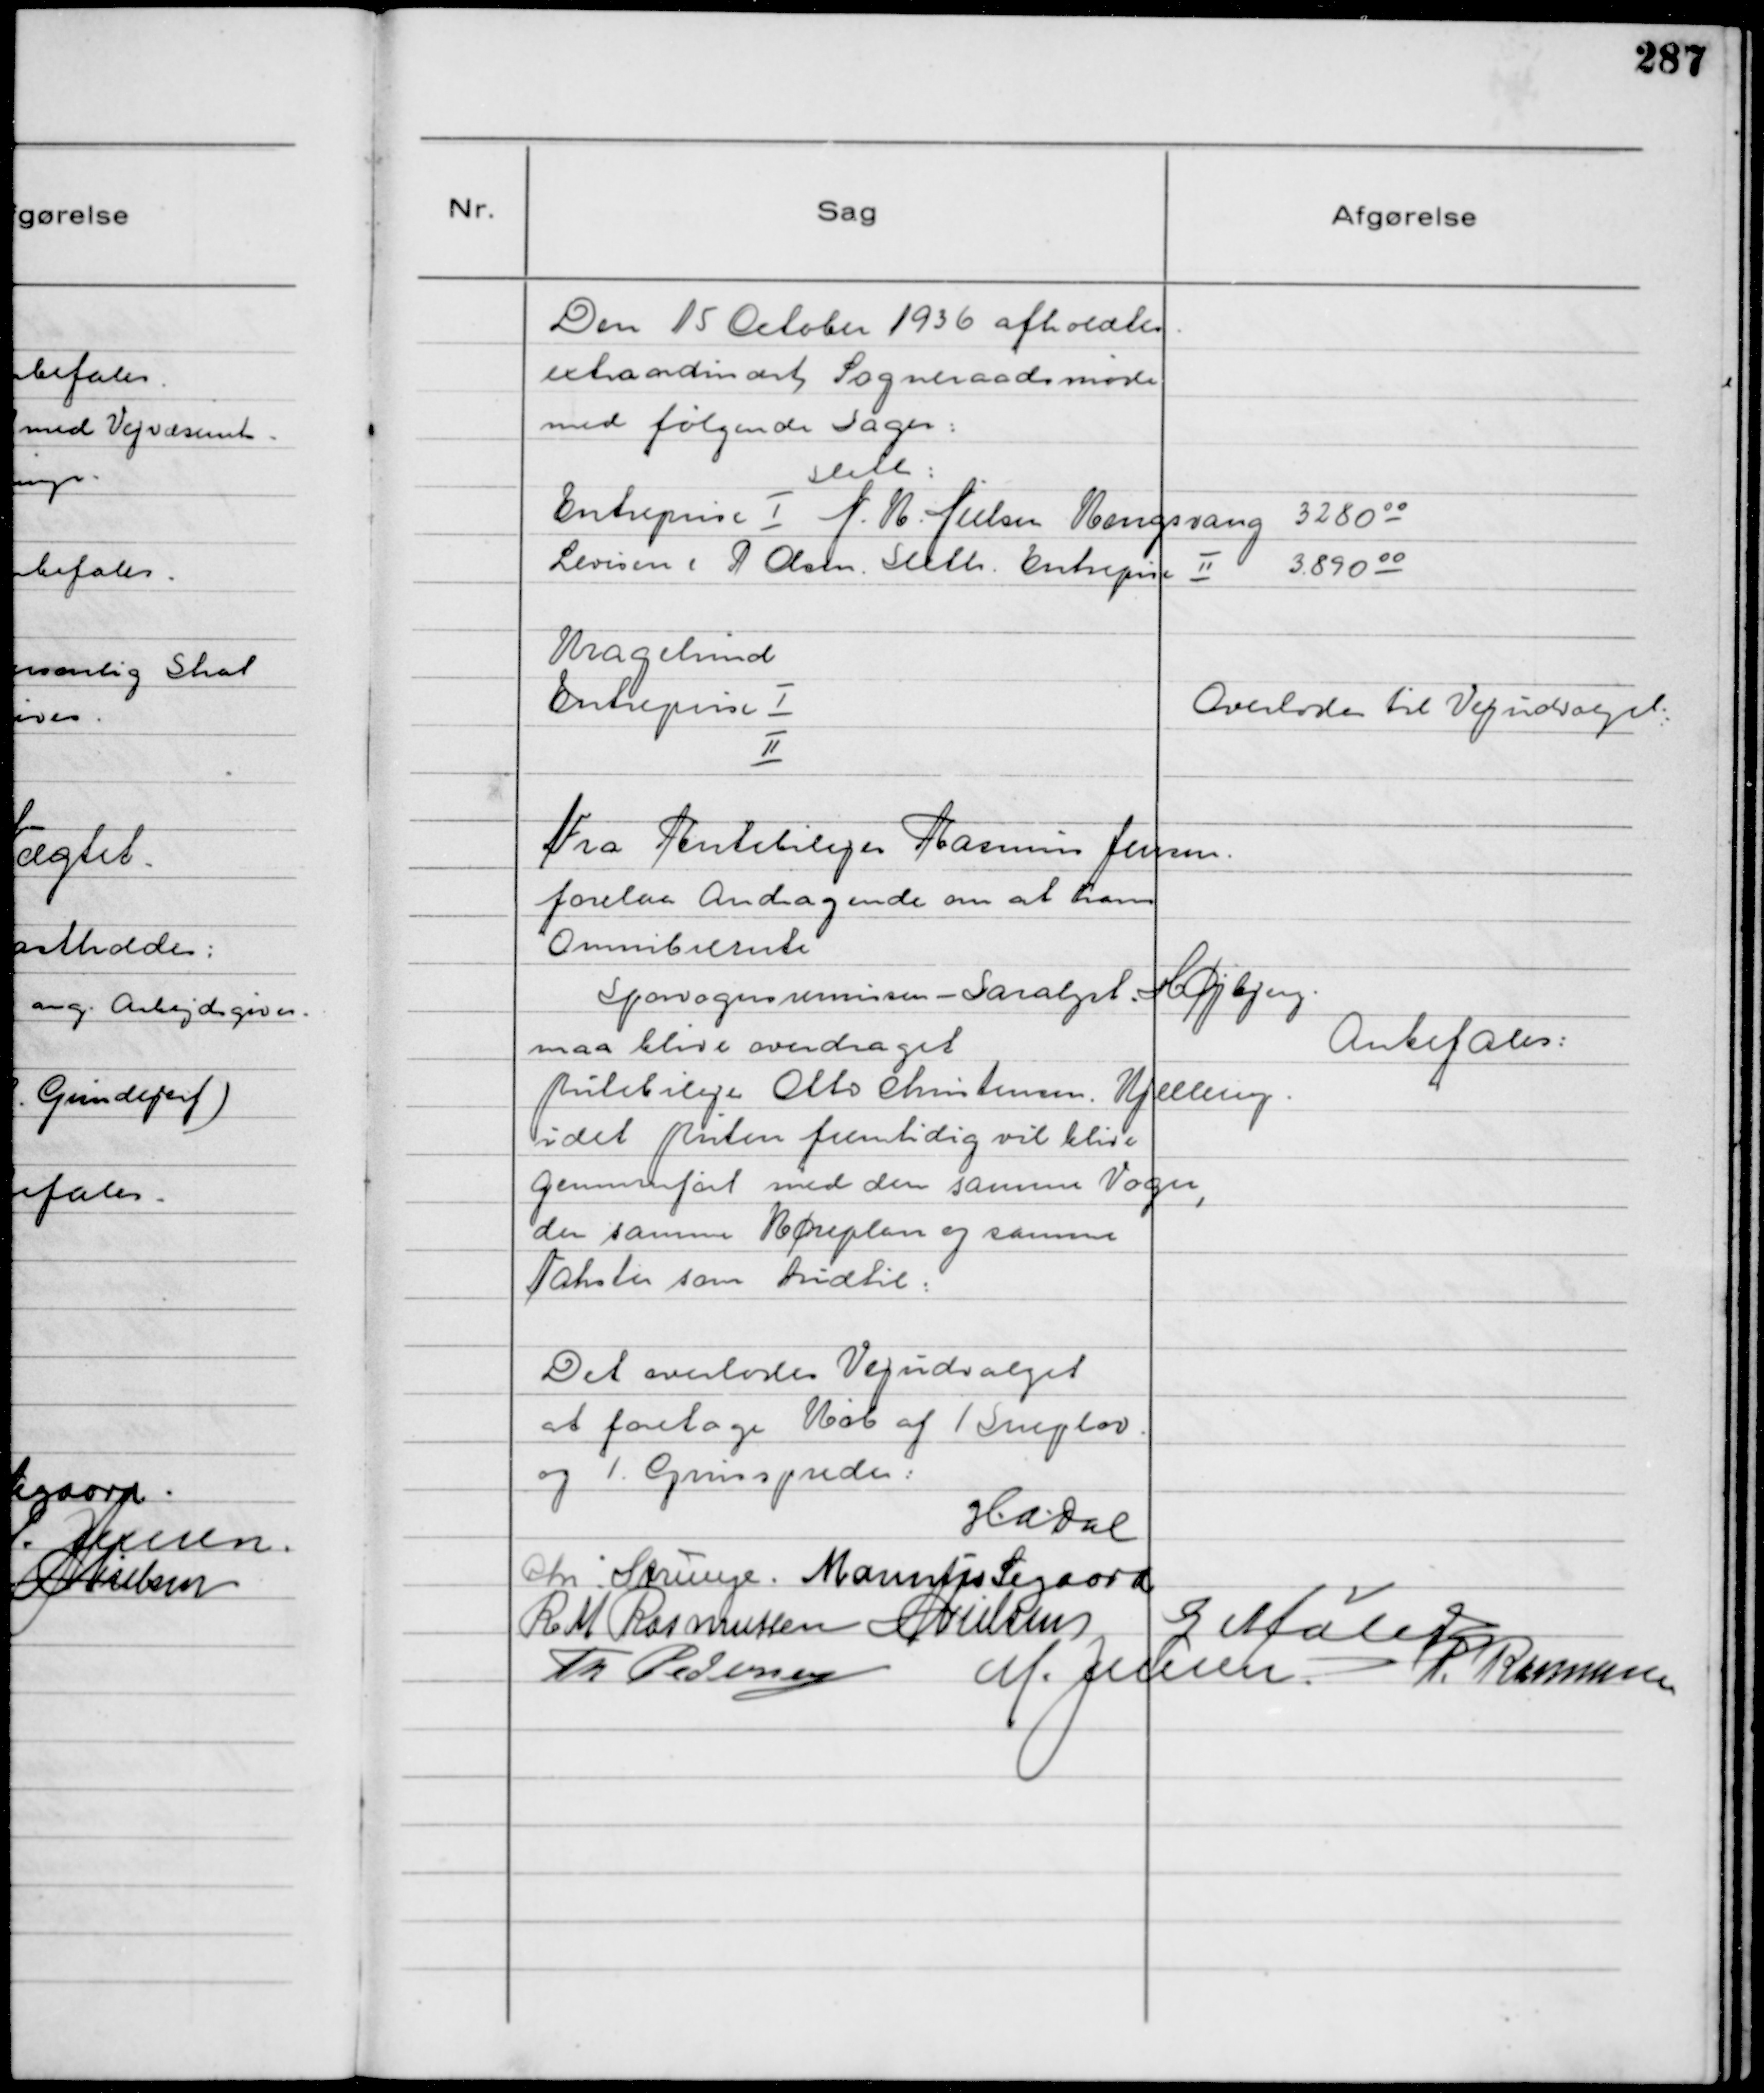
Transskription:
Den 15 October 1936 afholdtes
extraordinært Sogneraadsmøde
med følgende Sager:
Sleth:
Entreprise Ⅰ N. M. Nielsen Kongsvang 3280 00
Levisen & A Olsen Sleth Entreprise Ⅱ 3890 00
Kragelund
Entreprise Ⅰ
Ⅱ

Overlodes til Vejudvalget

Fra Rutebilejer Rasmus Jensen
forelaa Andragende om at hans
Omnibusrute
Sporvognsremisen - Saralyst Højbjerg
maa blive overdraget
Rutebilejer Otto Christensen Kjellerup
idet Ruten fremtidig vil blive
Gennemført med den samme Vogn
den samme Køreplan og samme
Takster som hidtil.

Anbefales

Det overlodes Vejudvalget
at foretage Køb af 1 Sneplov
og 1 Grusspreder

HADal
Chr Strunge Marinus Sigaard
R M Rasmussen NNielsen G Møller
Th Pedersen M. Jensen P. Rasmussen